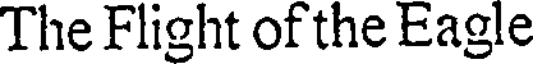
The Flight of the Eagle